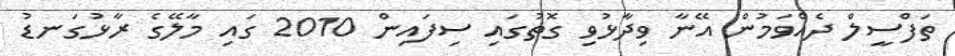
ތަފްސީލް ދެއްވަމުން އޭނާ ވިދާޅުވި ގޮތުގައި ސިފައިން 2010 ގައި މާލޭގެ ރާޅުގަނޑު